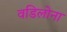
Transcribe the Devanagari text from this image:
वडिलोना